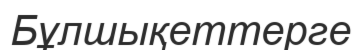
Бұлшықеттерге